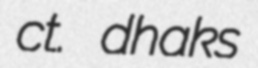
ct. dhaks